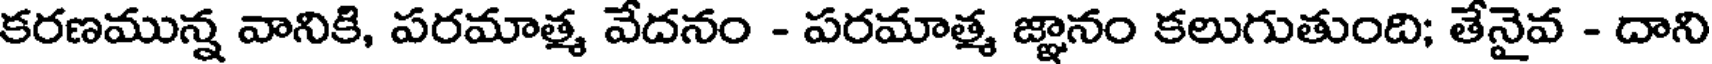
కరణమున్న వానికి, పరమాత్మ వేదనం - పరమాత్మ జ్ఞానం కలుగుతుంది; తేనైవ - దాని